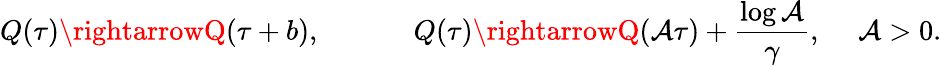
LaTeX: Q(\tau)\rightarrowQ(\tau+b),~~~~~~~~~~~~~Q(\tau)\rightarrowQ(\mathcal{A}\tau)+\frac{{\log\mathcal{A}}}{{\gamma}},~~~~~\mathcal{A}>0.